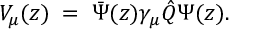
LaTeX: V _ { \mu } ( z ) \; = \; \bar { \Psi } ( z ) \gamma _ { \mu } \hat { Q } \Psi ( z ) .